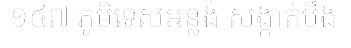
១៤៧ ភូមិទេសអន្លង់ សង្កាត់បឹង